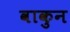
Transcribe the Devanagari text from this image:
वाकुन